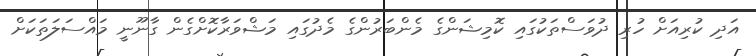
އަދި ކުރިއަށް ހުރި ދުވަސްތަކުގައި ކޮމިޝަންގެ މެންބަރުންގެ މެދުގައި މަޝްވަރާކޮށްގެން ގާނޫނީ މައްސަލަތަކަށް